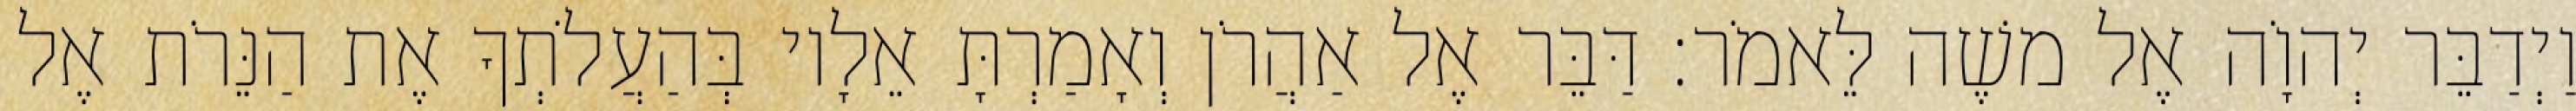
וַיְדַבֵּר יְהוָֹה אֶל משֶׁה לֵּאמֹר׃ דַּבֵּר אֶל אַהֲרֹן וְאָמַרְתָּ אֵלָיו בְּהַעֲלֹתְךָ אֶת הַנֵּרֹת אֶל